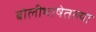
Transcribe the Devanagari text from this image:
बोलीभाषेतल्या